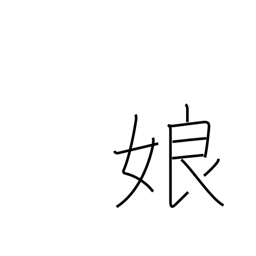
Meaning: girl